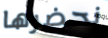
نحضرها